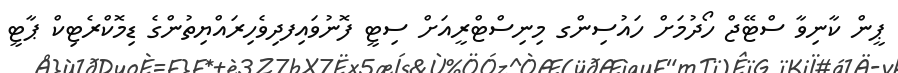
ޕީން ކާނިވާ ސްޓޭޖް ހޯދުމަށް ހައުސިންގ މިނިސްޓްރީއަށް ސިޓީ ފޮނުވައިފދިވެހިރައްޔިތުންގެ ޑިމޮކްރެޓިކް ޕާޓީ